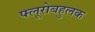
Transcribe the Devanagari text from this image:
फ्लूरोबहुलक